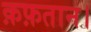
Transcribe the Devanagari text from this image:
क़फ़तान।